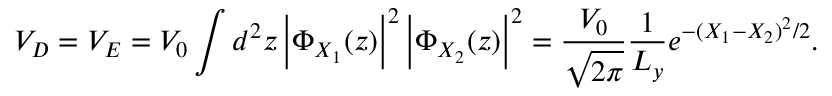
V _ { D } = V _ { E } = V _ { 0 } \int d ^ { 2 } z \left| \Phi _ { X _ { 1 } } ( z ) \right| ^ { 2 } \left| \Phi _ { X _ { 2 } } ( z ) \right| ^ { 2 } = { \frac { V _ { 0 } } { \sqrt { 2 \pi } } } { \frac { 1 } { L _ { y } } } e ^ { - ( X _ { 1 } - X _ { 2 } ) ^ { 2 } / 2 } .